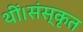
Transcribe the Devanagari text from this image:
थीं।संस्कृत